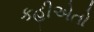
કહીએતો